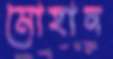
মোহান